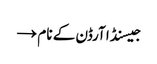
جیسنڈا آرڈن کے نام →